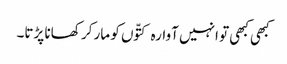
کبھی کبھی تو انہیں آوارہ کتّوں کو مار کر کھانا پڑتا۔